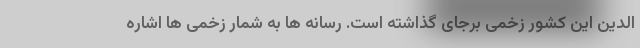
الدین این کشور زخمی برجای گذاشته است. رسانه ها به شمار زخمی ها اشاره